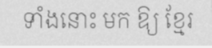
ទាំងនោះ មក ឱ្យ ខ្មែរ